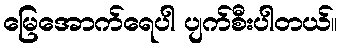
မြေအောက်ရေပါ ပျက်စီးပါတယ်။